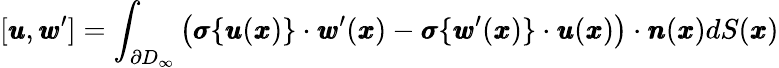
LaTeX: [{\pmb u},{\pmb w}^{\prime}]=\int_{\partial D_{\infty}}\left({\pmb\sigma}\{ {\pmb u}({\pmb x})\} \cdot{\pmb w}^{\prime}({\pmb x})-{\pmb\sigma}\{ {\pmb w}^{\prime}({\pmb x})\} \cdot{\pmb u}({\pmb x})\right)\cdot{\pmb n}({\pmb x})dS({\pmb x})